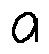
a